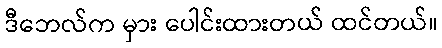
ဒီဘေလ်က မှား ပေါင်းထားတယ် ထင်တယ်။